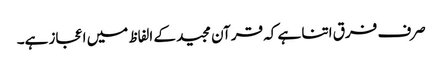
صرف فرق اتنا ہے کہ قرآن مجید کے الفاظ میں اعجاز ہے۔